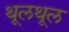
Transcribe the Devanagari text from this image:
थूलथूल